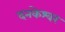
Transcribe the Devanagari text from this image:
दनकेश्वर